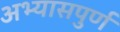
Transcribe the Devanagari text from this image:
अभ्यासपुर्ण